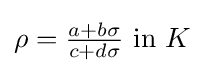
\rho ={\tfrac {a+b\sigma }{c+d\sigma }}{\text{ in }}K